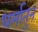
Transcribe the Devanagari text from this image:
धर्मातुन